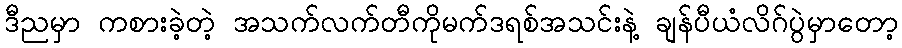
ဒီညမှာ ကစားခဲ့တဲ့ အသက်လက်တီကိုမက်ဒရစ်အသင်းနဲ့ ချန်ပီယံလိဂ်ပွဲမှာတော့